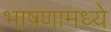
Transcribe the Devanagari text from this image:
भाषणामध्ये